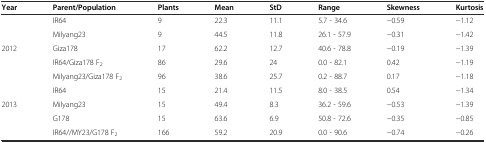
<table><thead><tr><td><b>Year</b></td><td><b>Parent/Population</b></td><td><b>Plants</b></td><td><b>Mean</b></td><td><b>StD</b></td><td><b>Range</b></td><td><b>Skewness</b></td><td><b>Kurtosis</b></td></tr></thead><tbody><tr><td></td><td>IR64</td><td>9</td><td>22.3</td><td>11.1</td><td>5.7 - 34.6</td><td>−0.59</td><td>−1.12</td></tr><tr><td></td><td>Milyang23</td><td>9</td><td>44.5</td><td>11.8</td><td>26.1 - 57.9</td><td>−0.31</td><td>−1.42</td></tr><tr><td>2012</td><td>Giza178</td><td>17</td><td>62.2</td><td>12.7</td><td>40.6 - 78.8</td><td>−0.19</td><td>−1.39</td></tr><tr><td></td><td>IR64/Giza178 F<sub>2</sub></td><td>86</td><td>29.6</td><td>24</td><td>0.0 - 82.1</td><td>0.42</td><td>−1.19</td></tr><tr><td></td><td>Milyang23/Giza178 F<sub>2</sub></td><td>96</td><td>38.6</td><td>25.7</td><td>0.2 - 88.7</td><td>0.17</td><td>−1.18</td></tr><tr><td></td><td>IR64</td><td>15</td><td>21.4</td><td>11.5</td><td>8.0 - 38.5</td><td>0.54</td><td>−1.34</td></tr><tr><td>2013</td><td>Milyang23</td><td>15</td><td>49.4</td><td>8.3</td><td>36.2 - 59.6</td><td>−0.53</td><td>−1.39</td></tr><tr><td></td><td>G178</td><td>15</td><td>63.6</td><td>6.9</td><td>50.8 - 72.6</td><td>−0.35</td><td>−0.85</td></tr><tr><td></td><td>IR64//MY23/G178 F<sub>2</sub></td><td>166</td><td>59.2</td><td>20.9</td><td>0.0 - 90.6</td><td>−0.74</td><td>−0.26</td></tr></tbody></table>